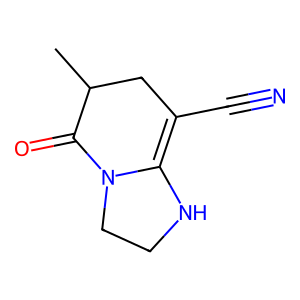
SMILES: CC1CC(C#N)=C2NCCN2C1=O
Inhibits HIV replication: No